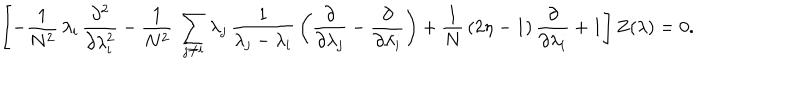
\left[ - \frac { 1 } { N ^ { 2 } } \, \lambda _ { i } \, \frac { \partial ^ { 2 } } { \partial \lambda _ { i } ^ { 2 } } - \frac { 1 } { N ^ { 2 } } \, \sum _ { j \neq i } \lambda _ { j } \, \frac { 1 } { \lambda _ { j } - \lambda _ { i } } \, \left( \frac { \partial } { \partial \lambda _ { j } } - \frac { \partial } { \partial \lambda _ { i } } \right) + \frac { 1 } { N } \, ( 2 \eta - 1 ) \, \frac { \partial } { \partial \lambda _ { i } } + 1 \right] Z ( \lambda ) = 0 .